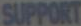
SUPPORT